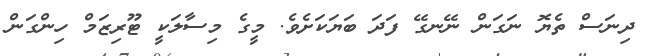
ދިނަސް ތެޔޮ ނަގަން ނޭނގޭ ފަދަ ބަޔަކަށެވެ. މީގެ މިސާލަކީ ޓޫރިޒަމް ހިންގަން